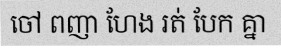
ចៅ ពញា ហែង រត់ បែក គ្នា